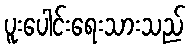
ပူးပေါင်းရေးသားသည်